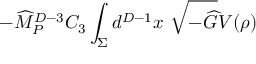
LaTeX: - { \widehat M } _ { P } ^ { D - 3 } C _ { 3 } \int _ { \Sigma } d ^ { D - 1 } x ~ \sqrt { - { \widehat G } } V ( \rho )